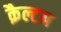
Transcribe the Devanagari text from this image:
क़ैल्टन